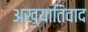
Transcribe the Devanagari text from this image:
अख्यातिवाद